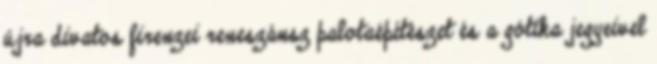
újra divatos firenzei reneszánsz palotaépítészet és a gótika jegyeivel